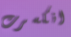
انكسرت